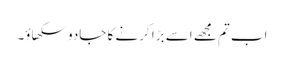
اب تم مجھے اسے بڑا کرنے کا جادو سکھاؤ۔